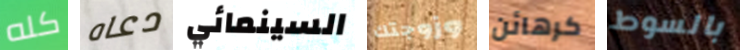
كله دعاه السينمائي وزوجتك كرهائن بالسوط